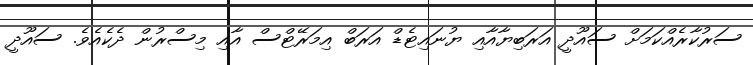
ސަރުކާރެއްކަމަށް ސައޫދީ އަރަބިޔާއާއި ޔުނައިޓެޑް އަރަބް އިމަރޭޓްސް އާއި މިސްރުން ދެކެއެވެ. ސައޫދީ